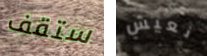
ستقف نعيش